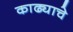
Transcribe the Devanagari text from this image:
काढ्याचे